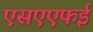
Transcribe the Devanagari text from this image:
एसएएफई